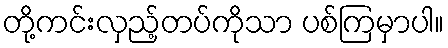
တို့ကင်းလှည့်တပ်ကိုသာ ပစ်ကြမှာပါ။